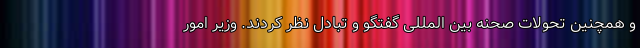
و همچنین تحولات صحنه بین المللی گفتگو و تبادل نظر کردند. وزیر امور